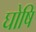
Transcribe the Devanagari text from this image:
घोषि